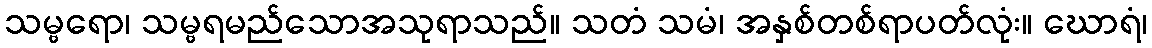
သမ္ဗရော၊ သမ္ဗရမည်သောအသုရာသည်။ သတံ သမံ၊ အနှစ်တစ်ရာပတ်လုံး။ ဃောရံ၊